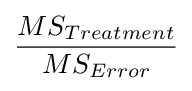
{\frac {MS_{Treatment}}{MS_{Error}}}